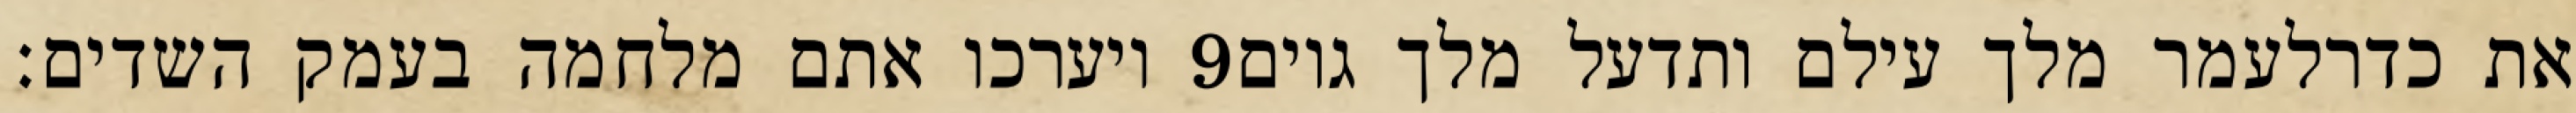
ויערכו אתם מלחמה בעמק השדים׃ ‎9‏ את כדרלעמר מלך עילם ותדעל מלך גוים